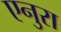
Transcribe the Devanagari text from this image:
एनुरा